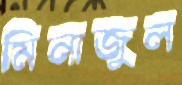
মিনাজুল